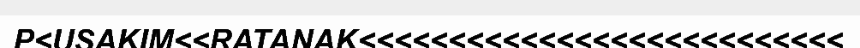
P<USAKIM<<RATANAK<<<<<<<<<<<<<<<<<<<<<<<<<<<